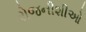
રોજનીશીઓ